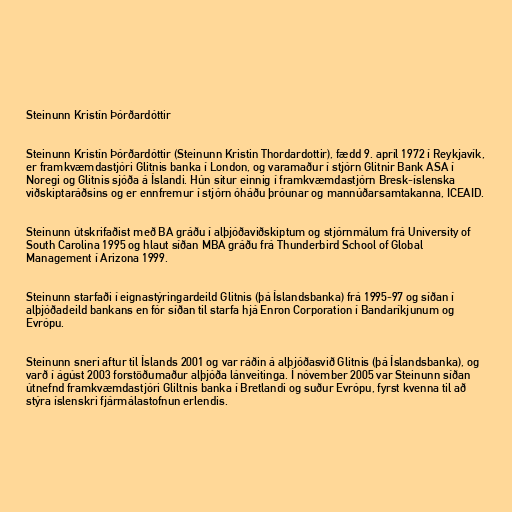
Steinunn Kristín Þórðardóttir

Steinunn Kristín Þórðardóttir (Steinunn Kristin Thordardottir), fædd 9. apríl 1972 í Reykjavík,
er framkvæmdastjóri Glitnis banka í London, og varamaður í stjórn Glitnir Bank ASA í
Noregi og Glitnis sjóða á Íslandi. Hún situr einnig í framkvæmdastjórn Bresk-íslenska
viðskiptaráðsins og er ennfremur í stjórn óháðu þróunar og mannúðarsamtakanna, ICEAID.

Steinunn útskrifaðist með BA gráðu í alþjóðaviðskiptum og stjórnmálum frá University of
South Carolina 1995 og hlaut síðan MBA gráðu frá Thunderbird School of Global
Management í Arizona 1999.

Steinunn starfaði í eignastýringardeild Glitnis (þá Íslandsbanka) frá 1995-97 og síðan í
alþjóðadeild bankans en fór síðan til starfa hjá Enron Corporation í Bandaríkjunum og
Evrópu.

Steinunn sneri aftur til Íslands 2001 og var ráðin á alþjóðasvið Glitnis (þá Íslandsbanka), og
varð í ágúst 2003 forstöðumaður alþjóða lánveitinga. Í nóvember 2005 var Steinunn síðan
útnefnd framkvæmdastjóri Gliltnis banka í Bretlandi og suður Evrópu, fyrst kvenna til að
stýra íslenskri fjármálastofnun erlendis.